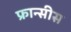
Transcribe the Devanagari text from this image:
फ्रान्सीस